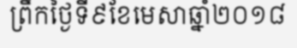
ព្រឹកថ្ងៃទី៩ខែមេសាឆ្នាំ២០១៨